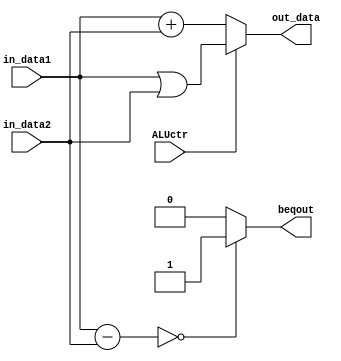
`timescale 1ns/1ns
module alu(in_data1,in_data2,ALUctr,out_data,beqout);
input [31:0] in_data1;
input [31:0] in_data2;
input ALUctr;
output [31:0] out_data;
output beqout;

reg [32:0] tmp_arith;

assign beqout=(in_data1-in_data2==0)?'b1:'b0;//'b1 for the same,'b0 for not

assign out_data=(ALUctr=='b0)?(in_data1+in_data2):(in_data1|in_data2);


endmodule